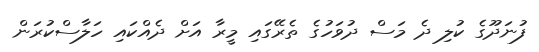
ފުނަދޫގެ ކުލި ދެ މަސް ދުވަހުގެ ތެރޭގައި މީރާ އަށް ދެއްކައި ހަލާސްކުރަން